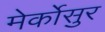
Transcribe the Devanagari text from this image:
मेर्कोसुर